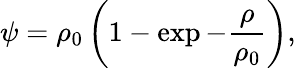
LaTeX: \psi=\rho_{0}\left(1-\exp-\frac{\rho}{\rho_{0}}\right),